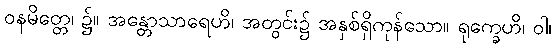
ဝနမိတ္တေ၊ ၌။ အန္တောသာရေဟိ၊ အတွင်း၌ အနှစ်ရှိကုန်သော။ ရုက္ခေဟိ၊ ဝါ၊